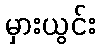
မှားယွင်း